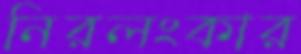
নিরলংকার